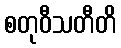
စတုဝီသတီတိ